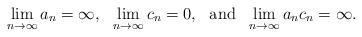
LaTeX: \begin{align*}\lim\limits_{n \to \infty}a_n = \infty,\ \ \lim\limits_{n \to \infty}c_n = 0,\ \ \mbox{and}\ \ \lim\limits_{n \to \infty}a_nc_n = \infty.\end{align*}